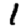
Digit: 1